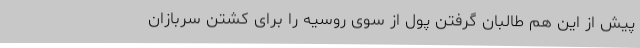
پیش از این هم طالبان گرفتن پول از سوی روسیه را برای کشتن سربازان